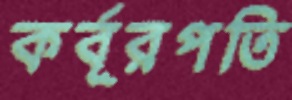
কর্বূরপতি